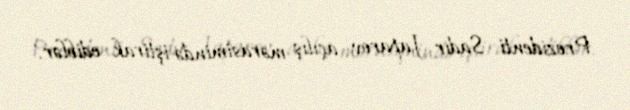
Prezidenti Sadır Japarov açılış mərasimində iştirak ediblər.